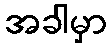
အခါမှာ